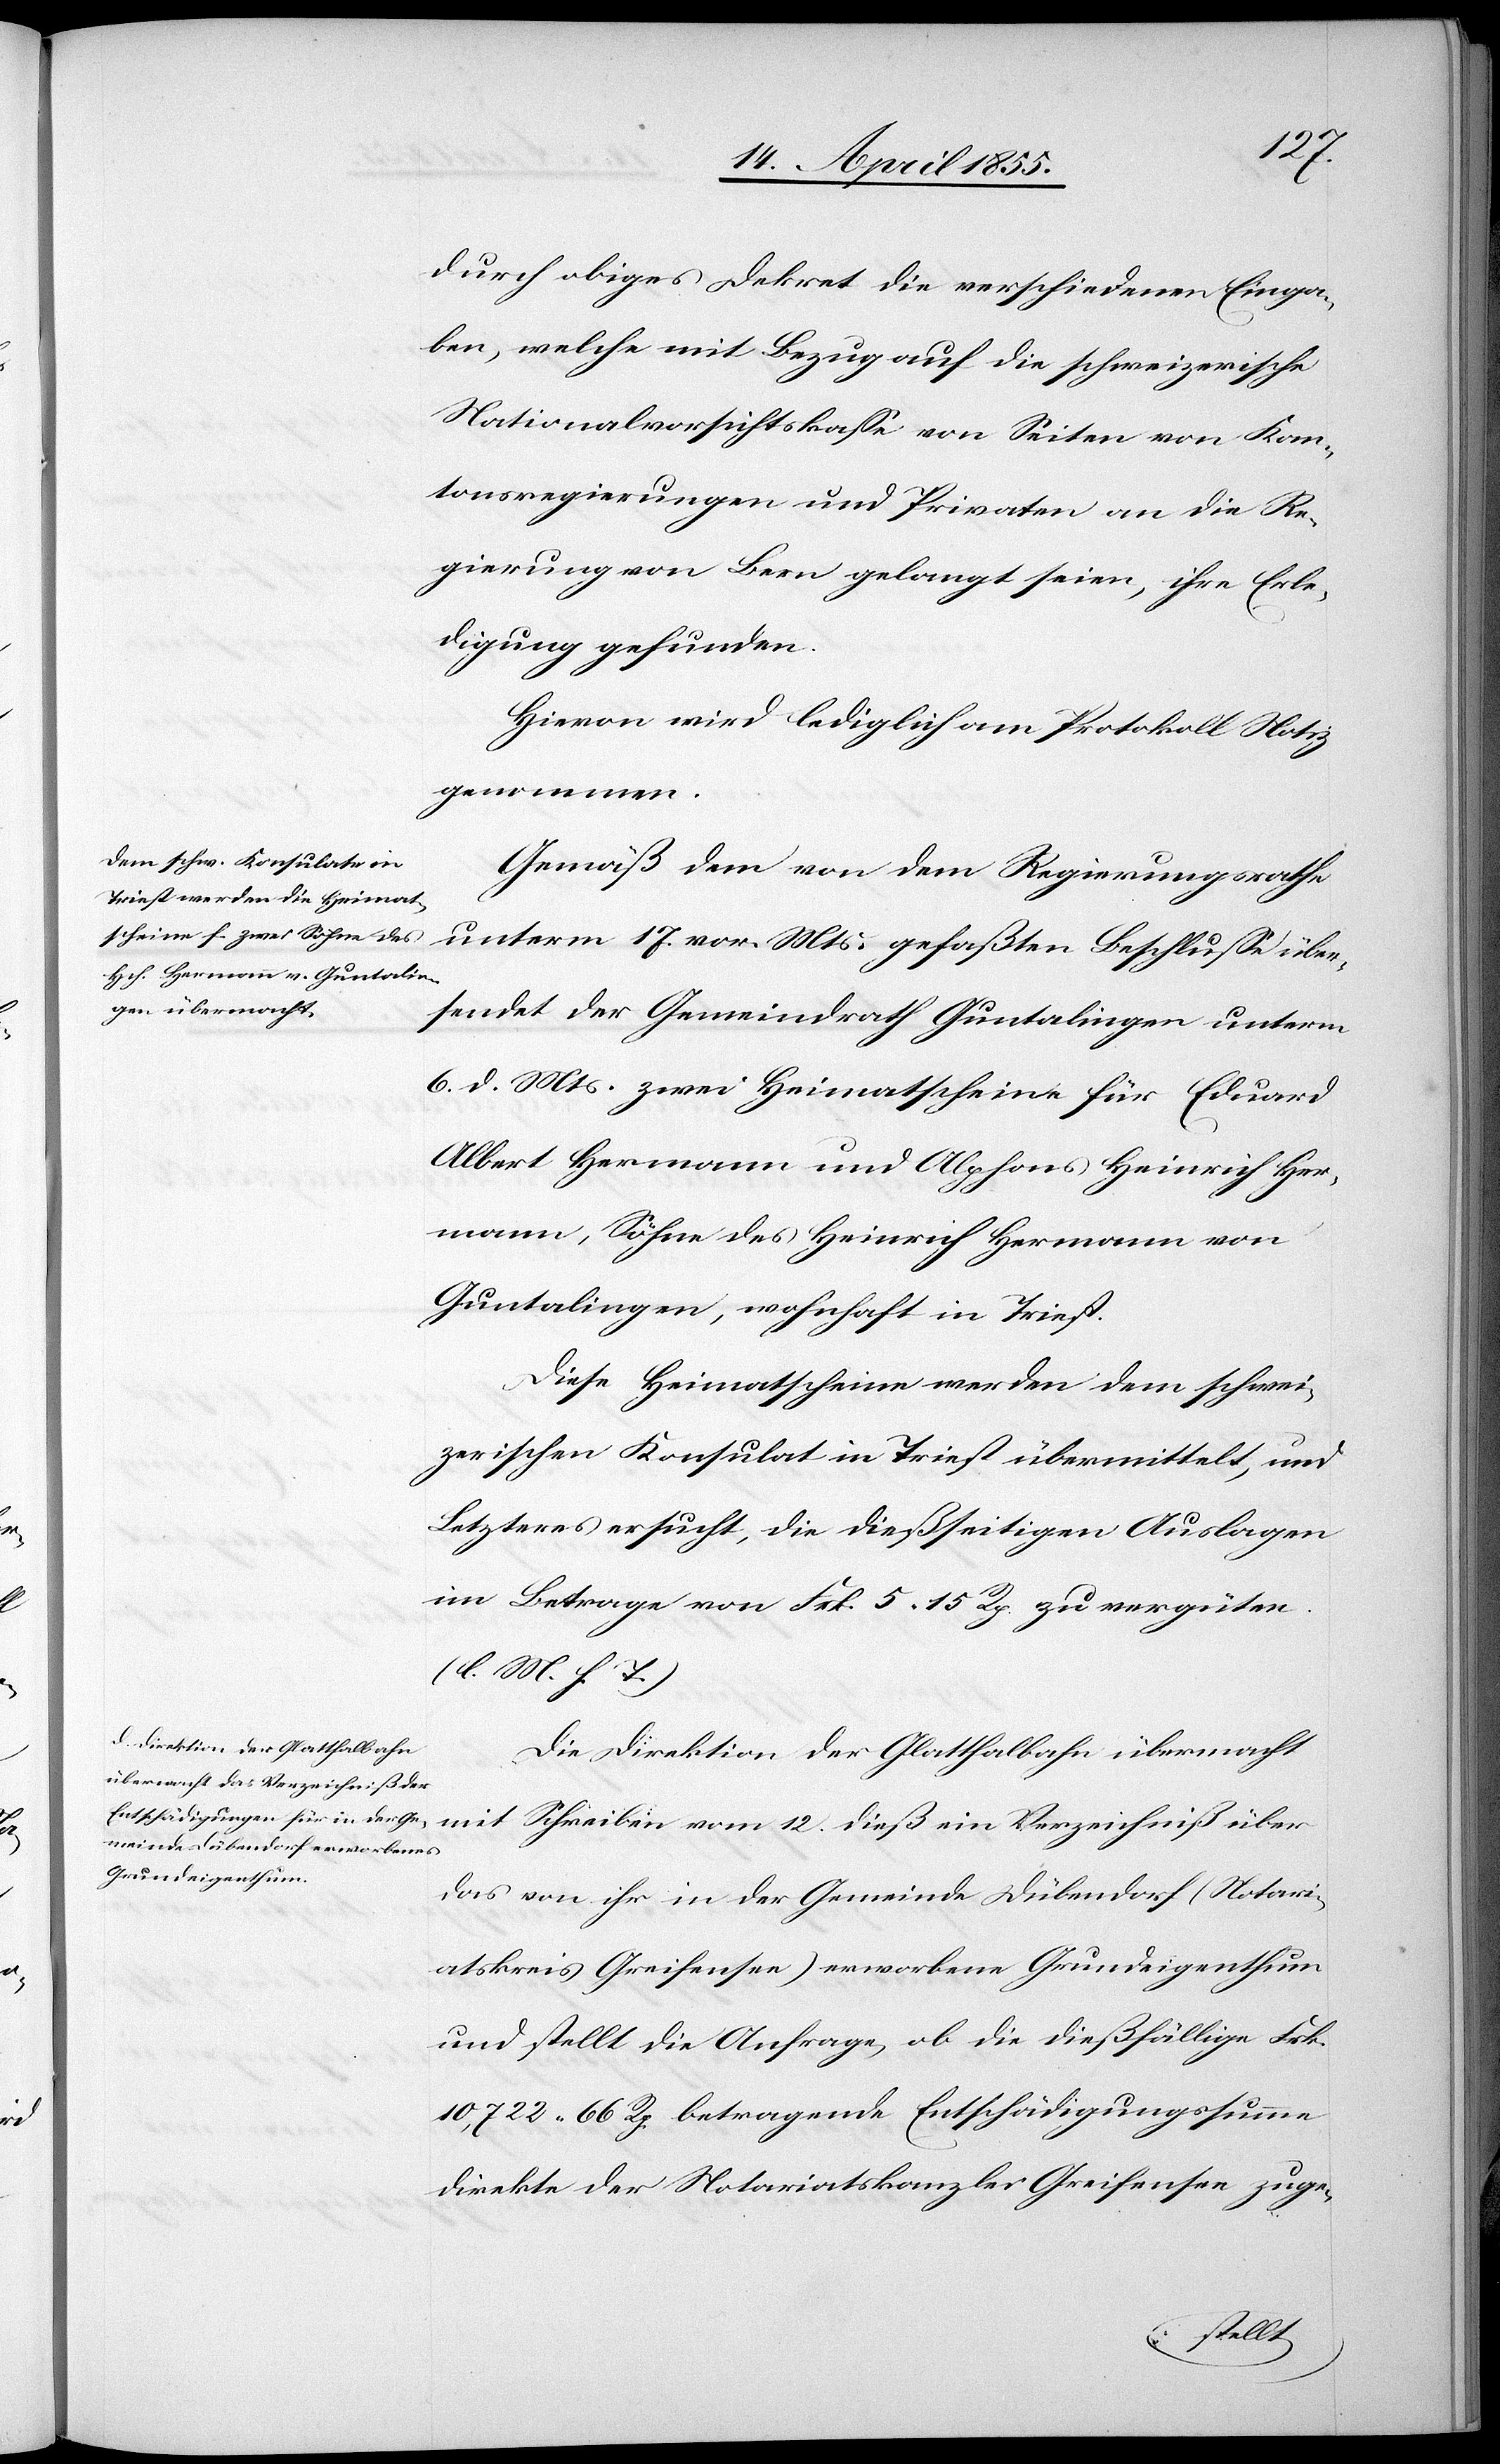
12.
durch obiges Dekret die verschiedenen Einga¬
ben, welche mit Bezug auf die schweizerische
Nationalvorsichtskasse von Seiten von Kan¬
tonsregierungen und Privaten an die Re¬
gierung von Bern gelangt seien, ihre Erle¬
digung gefunden.
Hievon wird lediglich am Protokoll Notiz
genommen.
Gemäß dem von dem Regierungsrathe
unterm 17. vor. Mts. gefaßten Beschlusse über¬
sendet der Gemeindrath Guntalingen unterm
6. d. Mts. zwei Heimatscheine für Eduard
Albert Hermann und Alphons Heinrich Her¬
mann, Söhne des Heinrich Hermann von
Guntalingen, wohnhaft in Triest.
Diese Heimatscheine werden dem schwei¬
zerischen Konsulat in Triest übermittelt, und
Letzteres ersucht, die dießseitigen Auslagen
im Betrage von Frk. 5. 15 Rp. zu vergüten.
(l. M. h. T.)
Die Direktion der Glatthalbahn übermacht
dieß ein Verzeichniß über
das von ihr in der Gemeinde Dübendorf (Notari¬
atskreis Greifensee) erworbene Grundeigenthum
und stellt die Anfrage, ob die dießfällige Frk.
10,722. 66 Rp. betragende Entschädigungssumme
direkte der Notariatskanzlei Greifensee zuge-